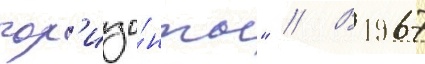
гор'изо́нты" // В 1967